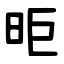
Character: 昛